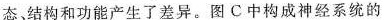
态、结构和功能产生了差异。图C中构成神经系统的